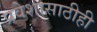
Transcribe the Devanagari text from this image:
प्रवेशासाठीही